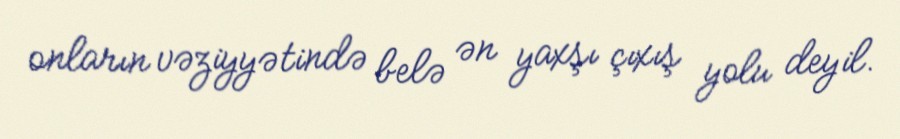
onların vəziyyətində belə ən yaxşı çıxış yolu deyil.